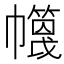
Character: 𢅶